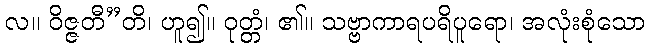
လ။ ဝိဇ္ဇတီ”တိ၊ ဟူ၍။ ဝုတ္တံ၊ ၏။ သဗ္ဗာကာရပရိပူရော၊ အလုံးစုံသော